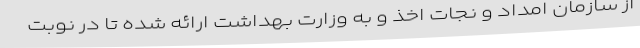
از سازمان امداد و نجات اخذ و به وزارت بهداشت ارائه شده تا در نوبت